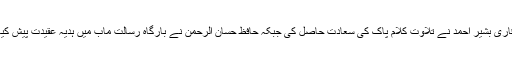
قاری بشیر احمد نے تلاوت کلام پاک کی سعادت حاصل کی جبکہ حافظ حسان الرحمن نے بارگاہ رسالت مآبؐ میں ہدیۂ عقیدت پیش کیا۔